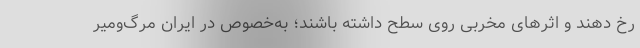
رخ دهند و اثرهای مخربی روی سطح داشته باشند؛ به‌خصوص در ایران مرگ‌ومیر